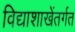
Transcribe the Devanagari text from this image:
विद्याशाखेंतर्गत